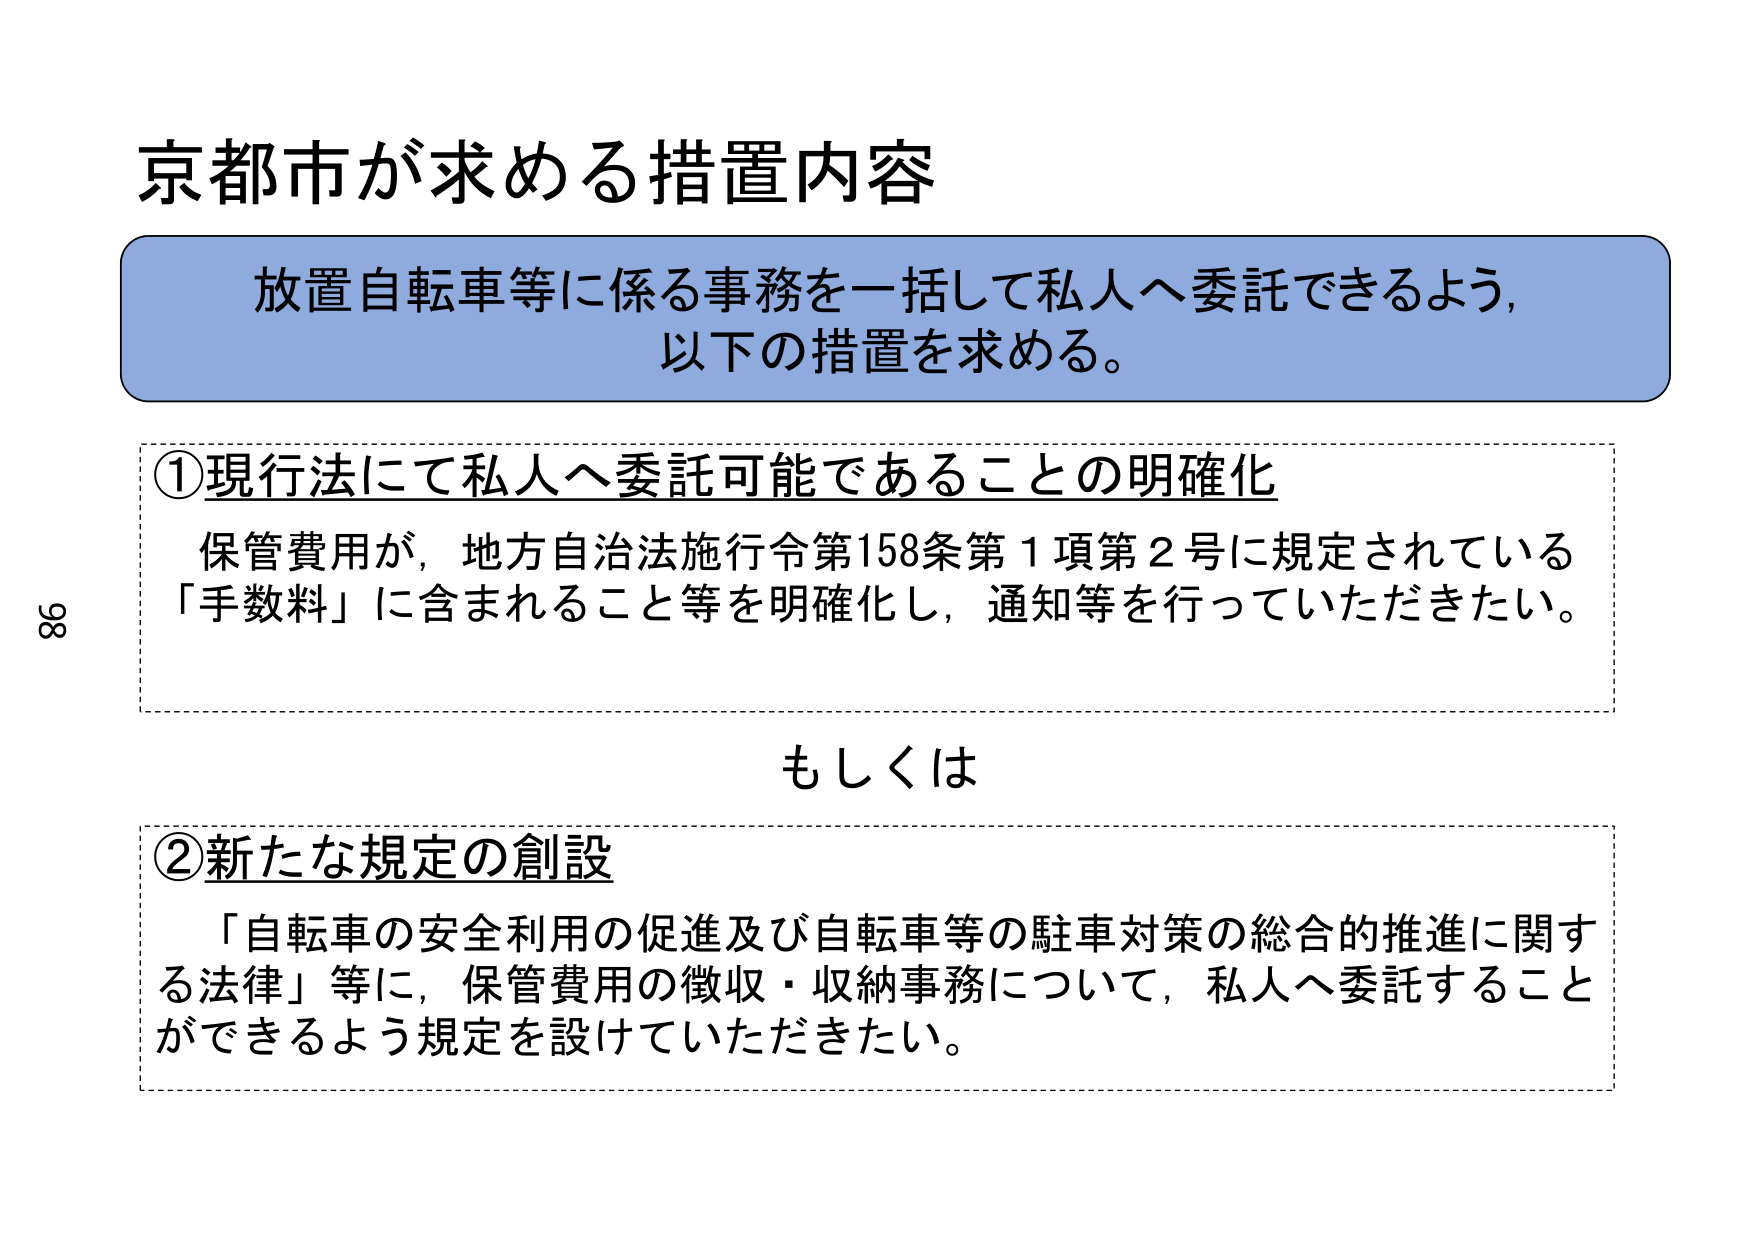
京都市が求める措置内容

放置自転車等に係る事務を一括して私人へ委託できるよう、
以下の措置を求める。

①現行法にて私人へ委託可能であることの明確化
保管費用が、地方自治法施行令第158条第1項第2号に規定されている
「手数料」に含まれること等を明確化し、通知等を行っていただきたい。

もしくは

②新たな規定の創設
「自転車の安全利用の促進及び自転車等の駐車対策の総合的推進に関する法律」等に、保管費用の徴収・収納事務について、私人へ委託することができるよう規定を設けていただきたい。

98